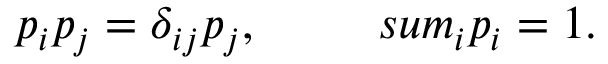
p _ { i } p _ { j } = \delta _ { i j } p _ { j } , \ \ \ \ \ \ \ \, s u m _ { i } p _ { i } = 1 .